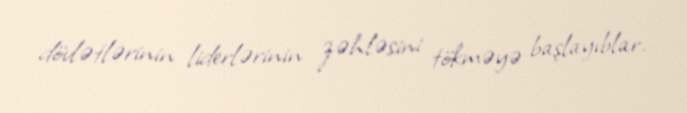
dövlətlərinin liderlərinin zəhləsini tökməyə başlayıblar.